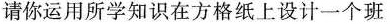
请你运用所学知识在方格纸上设计一个班